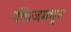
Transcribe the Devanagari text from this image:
पॅकेजमधून